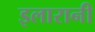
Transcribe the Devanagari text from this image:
इलारानी